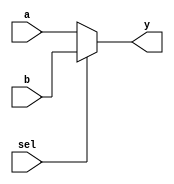
//Design and implement Multiplexer using conditional statement.

// design code for mux21

module mux21(a,b,sel,y);
  input a,b,sel;
  output y;
  assign y=sel?b:a;
endmodule

//testbench code for mux21

`timescale 1ns/1ns
module test;
  reg a,b,sel;
  wire y;
  integer i;
  mux21 ins1(a,b,sel,y);
  
  initial begin 
    for(i=0; i<=7; i=i+1)
      begin
        {a,b,sel}=i;
        #5;
      end
    end
  initial
    $monitor("simtime=%t,a=%b,b=%b,sel=%b,y=%b",$time,a,b,sel,y);
endmodule

//EDAPlayground link https://www.edaplayground.com/x/Bz48